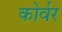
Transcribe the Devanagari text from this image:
कोर्वर